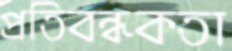
প্রতিবন্ধকতা